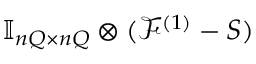
\ensuremath { \mathbb { I } _ { n Q \times n Q } } \otimes ( \mathcal F ^ { ( 1 ) } - S )